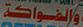
والفواكة